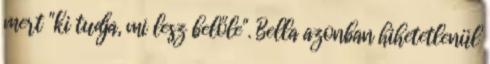
mert "ki tudja, mi lesz belőle". Bella azonban hihetetlenül